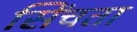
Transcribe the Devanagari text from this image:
सिंचता